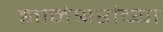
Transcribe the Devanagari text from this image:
ज्ञानेश्वरांंच्या